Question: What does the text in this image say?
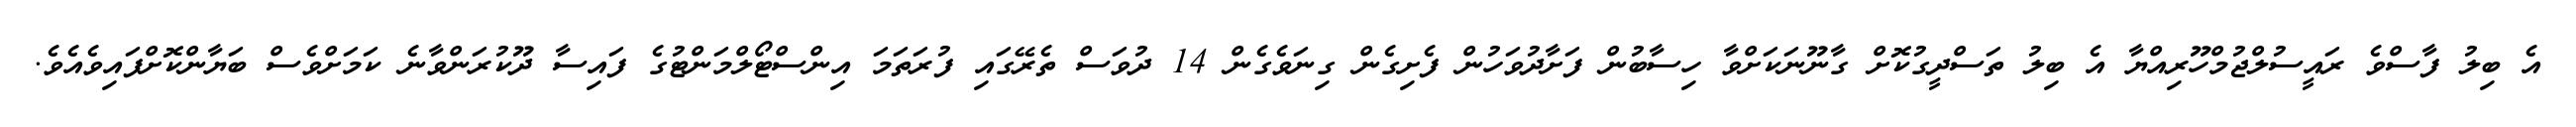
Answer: އެ ބިލު ފާސްވެ ރައީސުލްޖުމްހޫރިއްޔާ އެ ބިލު ތަސްދީގުކޮށް ގާނޫނަކަށްވާ ހިސާބުން ފަށާދުވަހުން ފެށިގެން ގިނަވެގެން 14 ދުވަސް ތެރޭގައި ފުރަތަމަ އިންސްޓޯލްމަންޓުގެ ފައިސާ ދޫކުރަންވާނެ ކަމަށްވެސް ބަޔާންކޮށްފައިވެއެވެ.